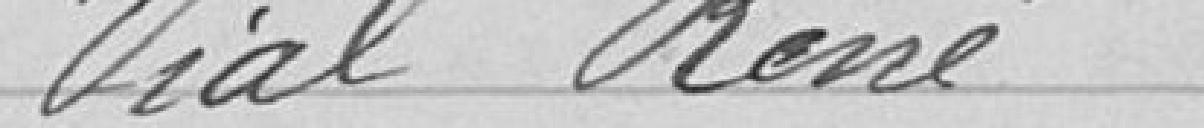
Vial René